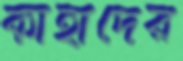
কাঁহাদের